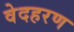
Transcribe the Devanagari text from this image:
वेदहरण